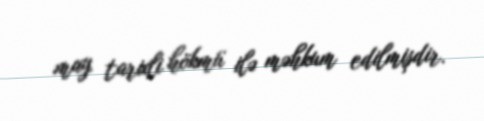
may tarixli hökmü ilə məhkum edilmişdir.